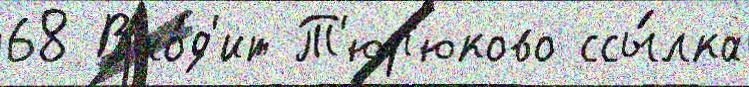
68 Вхо́д'ит Т'юр'юково ссы́лка